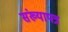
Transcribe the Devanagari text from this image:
संख्यापत्र